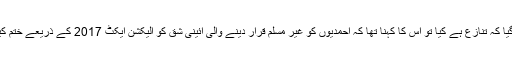
جب پوچھا گیا کہ تنازِع ہے کیا تو اُس کا کہنا تھا کہ احمدیوں کو غیر مسلم قرار دینے والی آئینی شق کو الیکشن ایکٹ 2017 کے ذریعے ختم کیا جارہا ہے۔